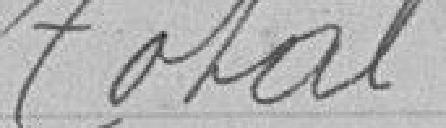
Total